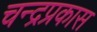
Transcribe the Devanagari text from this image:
चन्द्रप्रकास